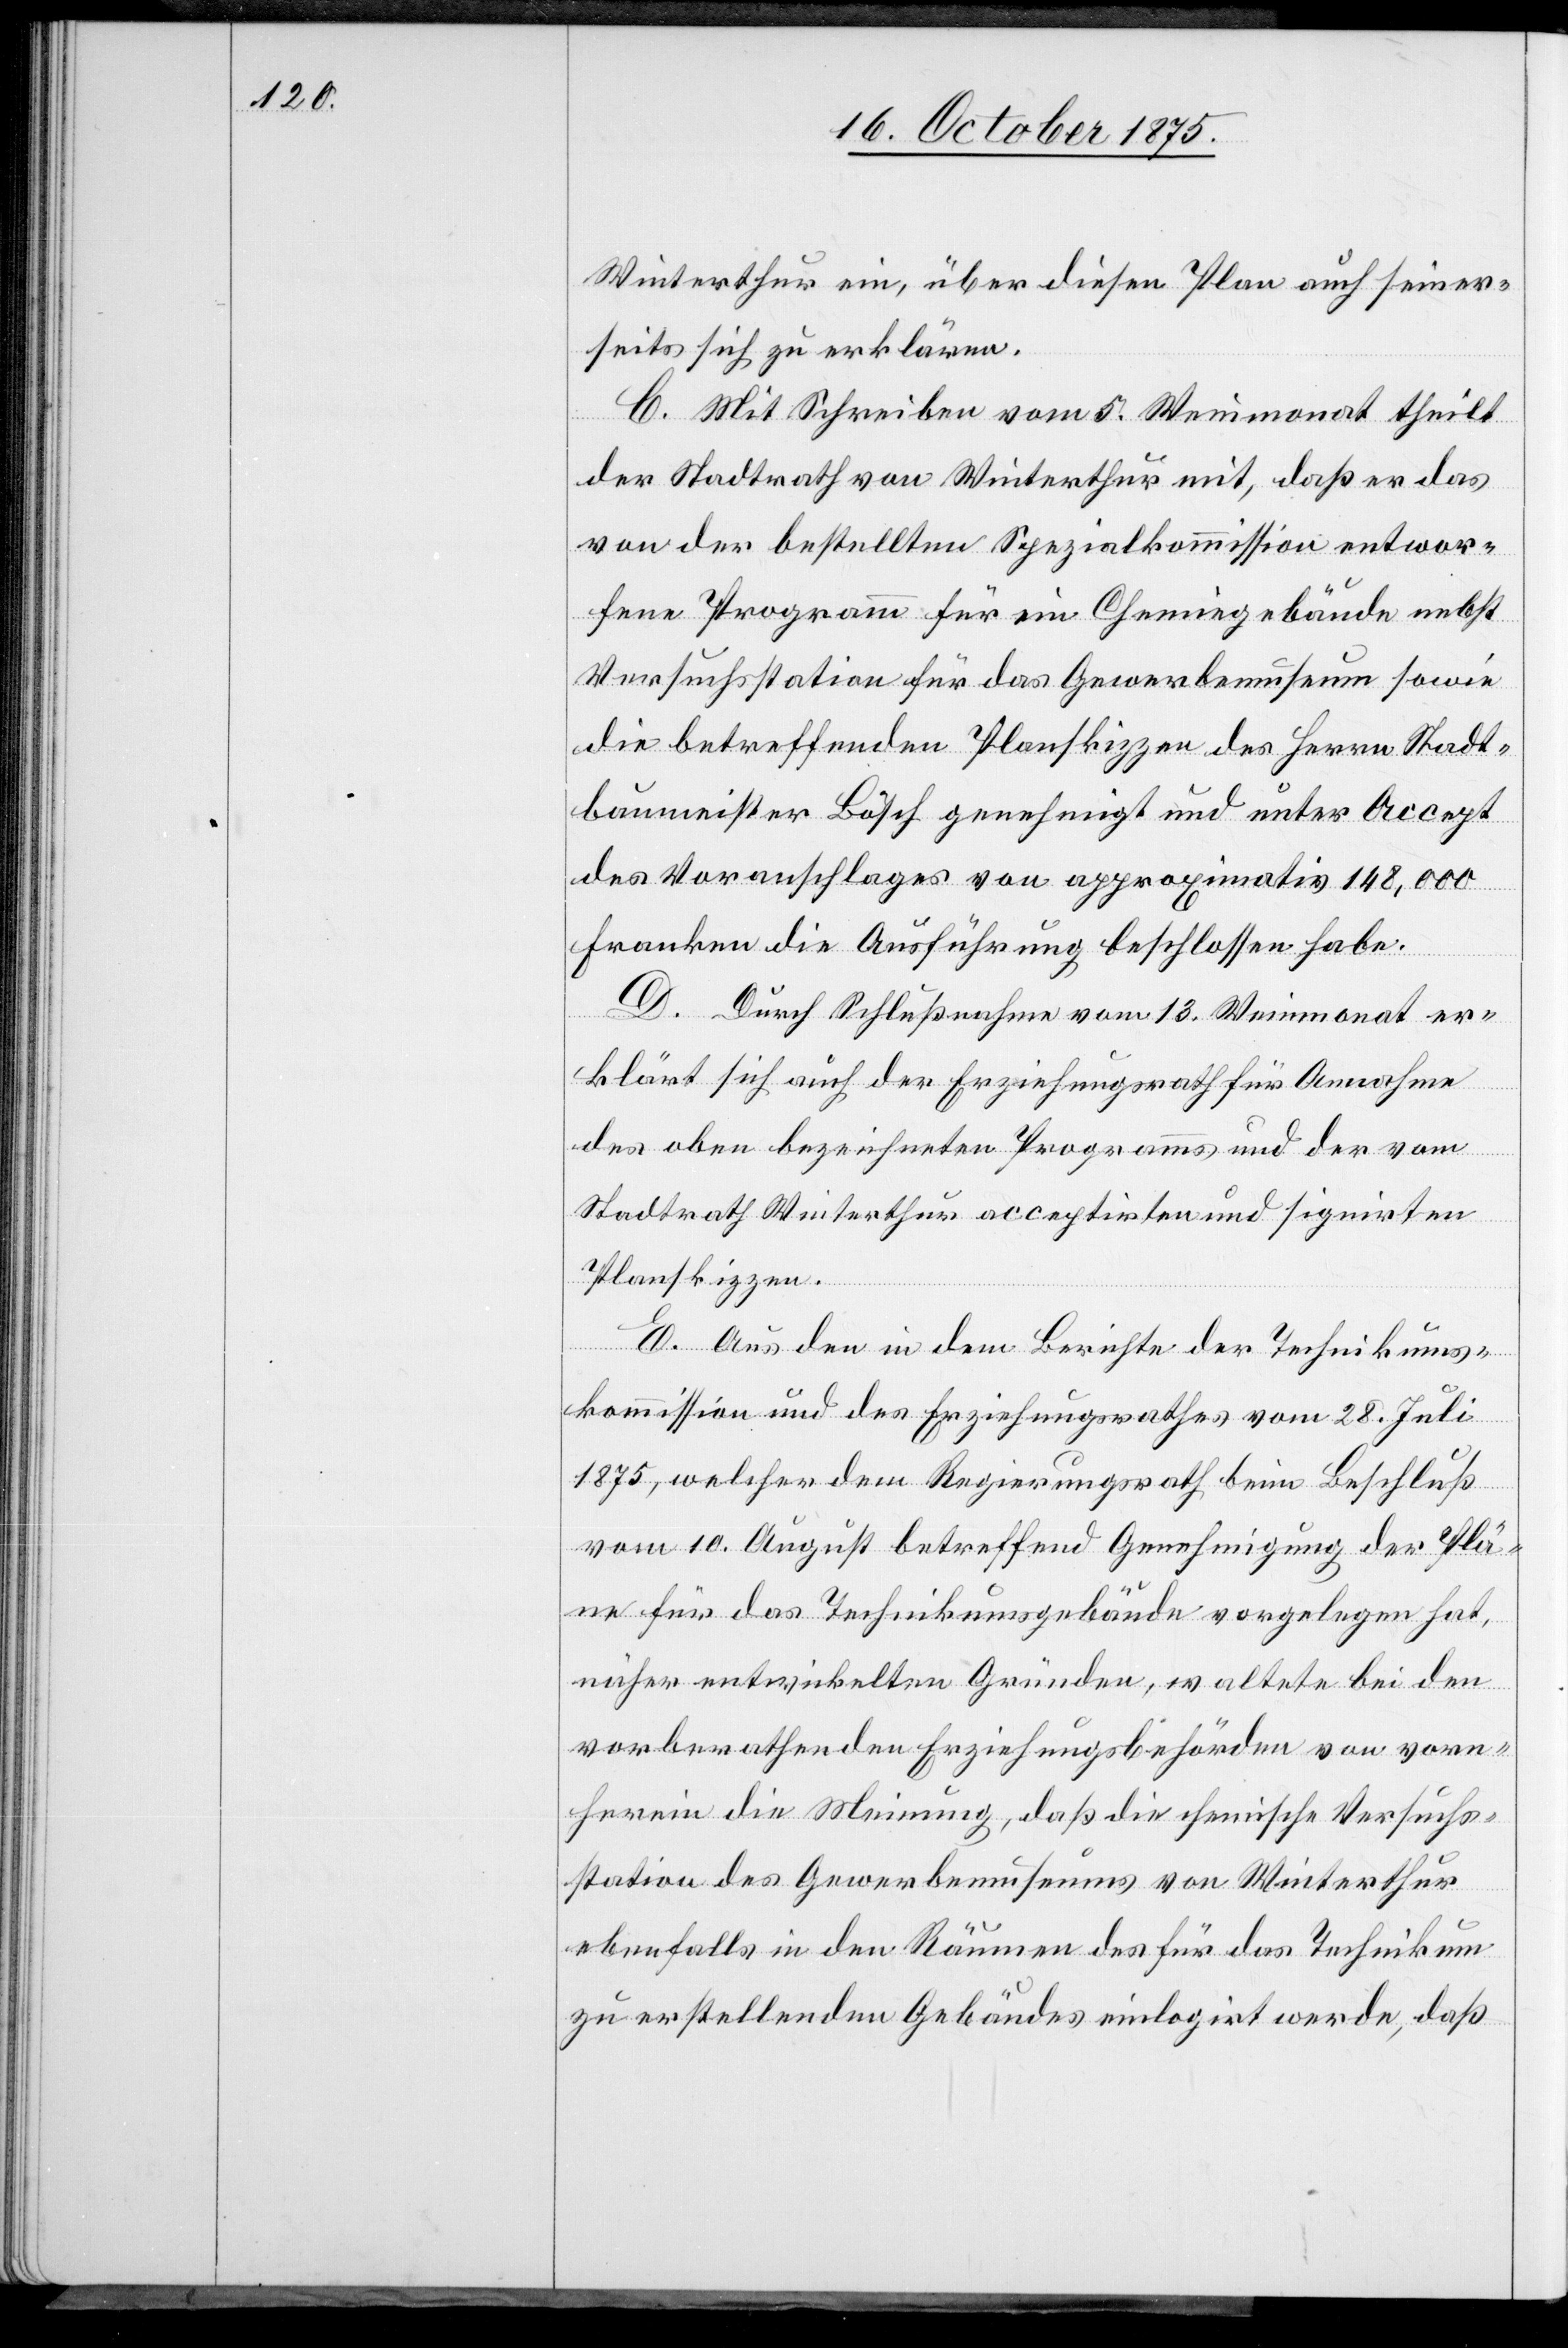
Winterthur ein, über diesen Plan auch seiner¬
seits sich zu erklären.
C. Mit Schreiben vom 5. Weinmonat theilt
der Stadtrath von Winterthur mit, daß er das
von der bestellten Spezialkommission entwor¬
fene Programm für ein Chemiegebäude nebst
Versuchsstation für das Gewerbemuseum sowie
die betreffenden Planskizzen des Herrn Stadt¬
baumeister Bösch genehmigt und unter Accept
des Voranschlages von approximativ 148,000
Franken die Ausführung beschlossen habe.
D. Durch Schlußnahme vom 13. Weinmonat er¬
klärt sich auch der Erziehungsrath für Annahme
des oben bezeichneten Programms und der vom
Stadtrath Winterthur acceptirten und signirten
Planskizzen.
E. Aus den in dem Berichte der Technikums¬
kommission und des Erziehungsrathes vom 28. Juli
1875, welcher dem Regierungsrath beim Beschluß
vom 10. August betreffend Genehmigung der Plä¬
ne für das Technikumsgebäude vorgelegen hat,
näher entwickelten Gründen, waltete bei den
vorberathenden Erziehungsbehörden von vorn¬
herein die Meinung, daß die chemische Versuchs¬
station des Gewerbemuseums von Winterthur
ebenfalls in den Räumen des für das Technikum
zu erstellenden Gebäudes einlogirt werde, daß